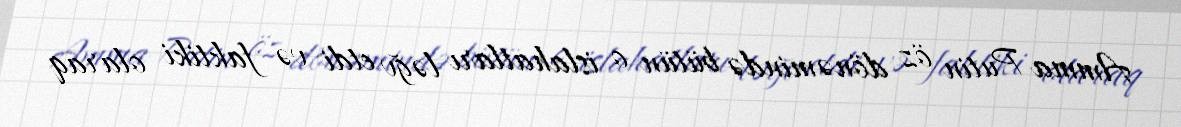
Amma Putin öz dönəmində bütün o islahatları ləğv etdi və faktiki olaraq